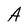
Character: A